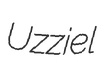
Uzziel